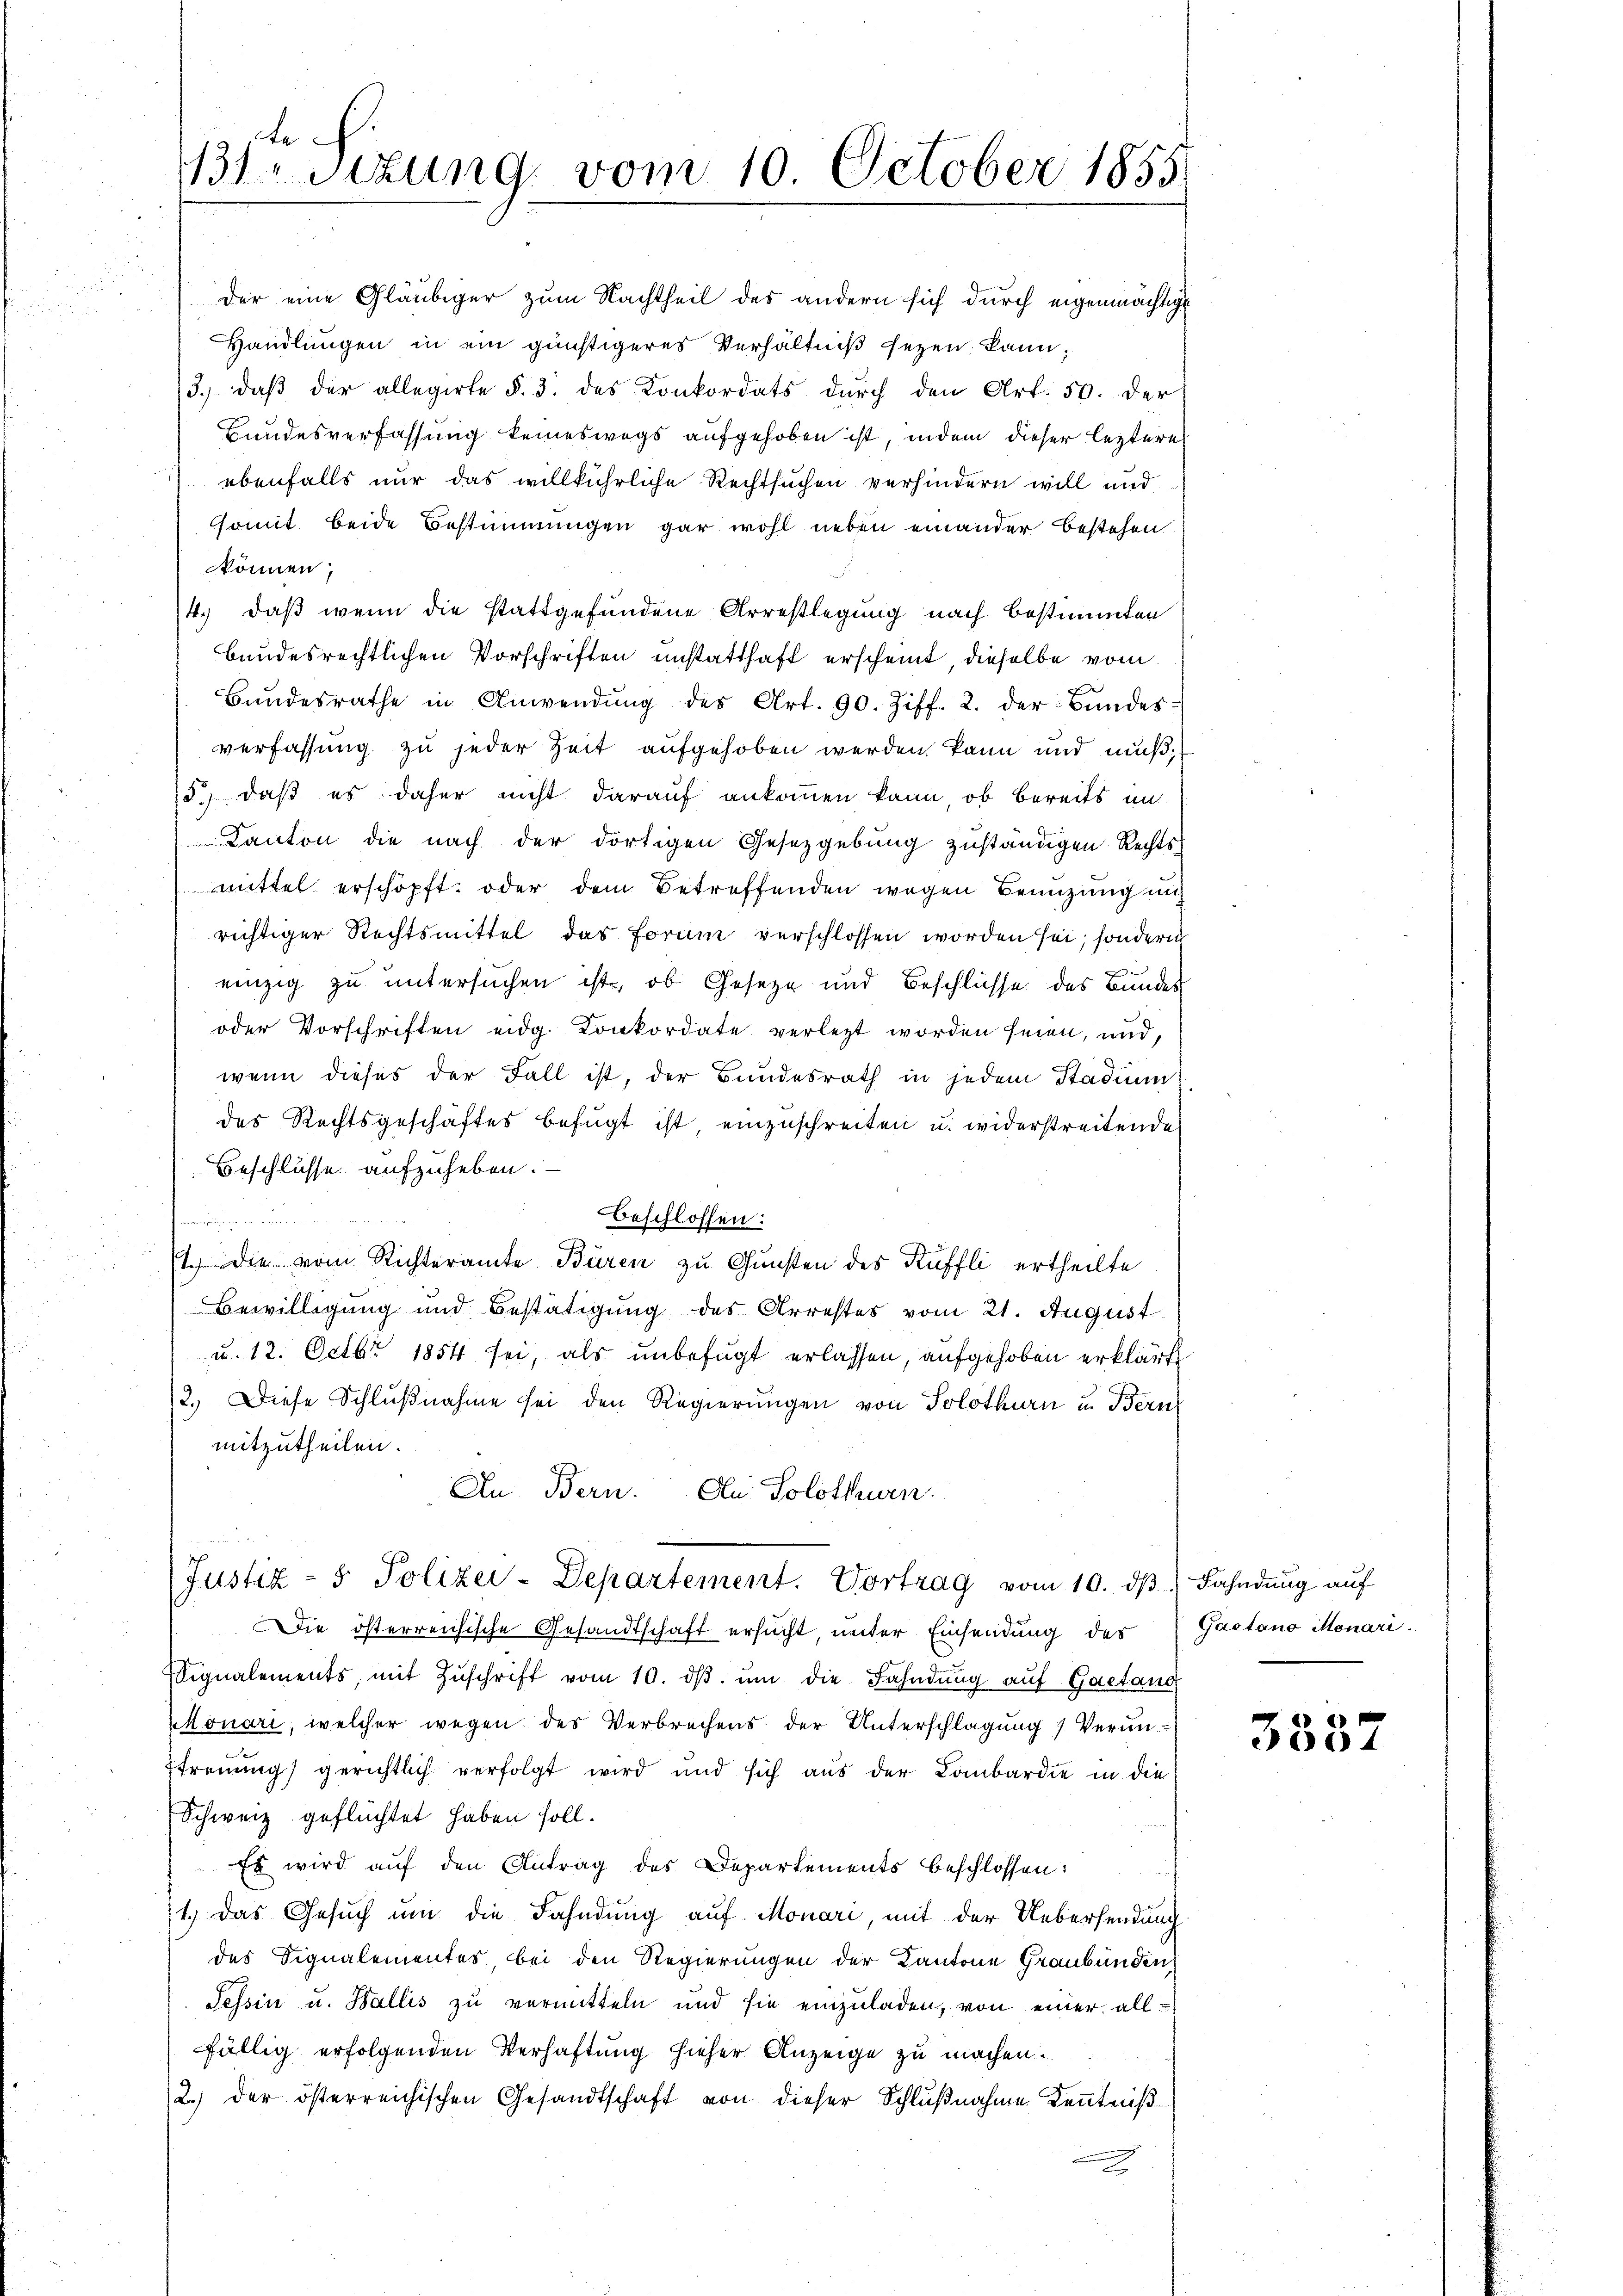
be
1 Sizung, vom 10. October 1855

der eine Gläubiger zum Nachtheil des andern sich durch eigenmächtige
Handlungen in ein günstigeres Verhältniß sezen kann,
3. daβ der allegirte §. 3. des Konkordats durch den Art. 50. der
Bundesverfassung keineswegs aufgehoben ist, indem dieser leztere
ebenfalls nur das willkührliche Rechtsuchen verhindern will und
somit beide Bestimmungen gar wohl neben einander bestehen
können;
4.) daß wenn die stattgefundene Arrestlegung nach bestimmten
bundesrechtlichen Vorschriften unstatthaft erscheint, dieselbe vom
Bŭndesrathe in Anwendŭng des Art. 90. Ziff. 2. der Bŭndes-
verfassung zu jeder Zeit aufgehoben werden kann und muß,
5) daß es daher nicht darauf ankommen kann, ob bereits im
Kanton die nach der dortigen Gesetzgebung zuständigen Rechts-
mittel erschöpft. oder dem Betreffenden wegen Benuzung auf
richtiger Rechtsmittel das Forum verschlossen worden sei, sondern
einzig zu untersuchen ist, ob Geseze und Beschlüsse des Bundes
oder Vorschriften eidg. Konkordate verletzt worden seien, und,
wenn dieses der Fall ist, der Bundesrath in jedem Stadiun
des Rechtsgeschäftes befügt ist, einzuschreiten u. widerstreitende
Beschlusse aufzuheben.
beschlossen:
1.) Die vom Richteramte Büren zu Gunsten des Küffli ertheilte
Bewilligung und Bestätigung des Arrestes vom 21. August
u. 12. Octbr 1854 sei, als unbefugt erlassen, aufgehoben erklärt
2.) Diese Schlŭβnahme sei den Regierŭngen von Solothurn u. Bern
mitzutheilen.
An Bern. An Solothurn.

(Justiz- & Polizei-Departement. Vortrag vom 10. dβ. Fahndung auf

Die österreichische Gesandtschaft ersucht, unter Einsendung des Gaetano Monari¬
Signalements, mit Zŭschrift vom 10. dβ ŭm die Fahndŭng aŭf Gaetand
Monari, welcher wegen des Verbrechens der Unterschlagung / Verunfrennung) gerichtlich verfolgt wird und sich aus der Lombardie in die
Schweiz geflüchtet haben soll.
Es wird auf den Antrag des Departements beschlossen:
1.) Das Gesuch um die Fahndung auf Monari, mit der Uebersendung
des Signalementes bei den Regierungen der Kantone Graubünden
Tessin u. Wallis zu vermitteln und sie einzuladen, von einer allfällig erfolgenden Verhaftung hieher Anzeige zu machen.
2.) der österreichischen Gesandtschaft von dieser Schlußnahme Kenntniß

3337